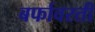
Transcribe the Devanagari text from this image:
बर्फावरती